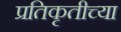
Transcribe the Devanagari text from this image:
प्रतिकृतीच्या